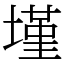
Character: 墐